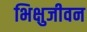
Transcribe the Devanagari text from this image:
भिक्षुजीवन